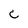
Character: C